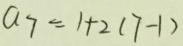
a _ { 7 } = 1 + 2 ( 7 - 1 )